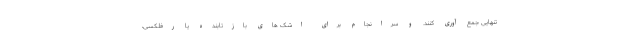
تنهایی جمع آوری کنند. و سرانجام برای اشک های بازتابنده یا رفلکسی،